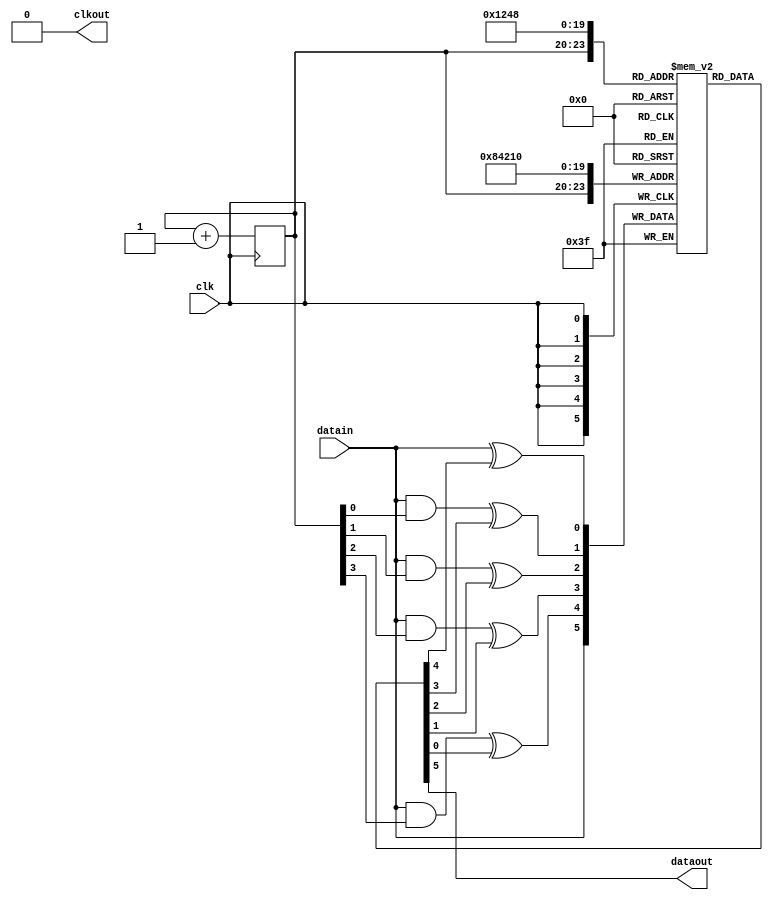
	module encoder(
		input datain,clk,
		output dataout,
		output reg clkout);
	reg mem[15:0];
	reg[3:0] addr;
	reg encoded;

	wire w1,w2,w3,w4,w5;
	
	assign dataout = mem[addr];

	initial
	begin
		addr<=4'h0; mem[0]<=0;mem[1]<=0;mem[2]<=0;mem[4]<=0;mem[8]<=0; encoded<=0; clkout<=0;
	/*	if(encoded)	//send data...
		begin
			always #2 clkout = ~clkout;
			addr = 4'h0;
			#4 addr = addr + 1;
		end
*/	end

	always@ (posedge clk)
	begin
		mem[addr] = datain;
		{encoded,addr} = addr + 1;
	end

	assign w1 = datain ^ mem[0];
	assign w2 = (datain & addr[0]) ^ mem[1];
	assign w3 = (datain & addr[1]) ^ mem[2];
	assign w4 = (datain & addr[2]) ^ mem[4];
	assign w5 = (datain & addr[3]) ^ mem[8];

	always@ (posedge clk)
	begin
		mem[0] <= w1;
		mem[1] <= w2;
		mem[2] <= w3;
		mem[4] <= w4;
		mem[8] <= w5;
	end

	endmodule